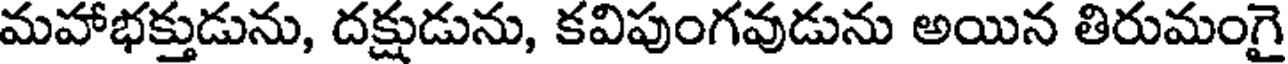
మహాభక్తుడును, దక్షుడును, కవిపుంగవుడును అయిన తిరుమంగై